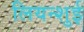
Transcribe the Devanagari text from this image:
लियन्शुई